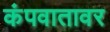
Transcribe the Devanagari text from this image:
कंपवातावर